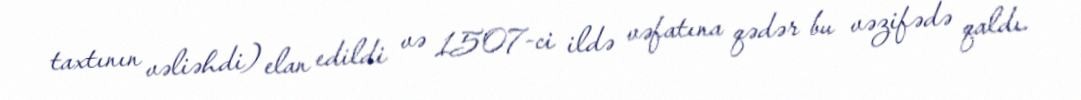
taxtının vəliəhdi) elan edildi və 1507-ci ildə vəfatına qədər bu vəzifədə qaldı.